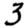
Digit: 3